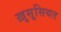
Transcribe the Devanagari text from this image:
ख़ुसूसियत